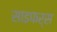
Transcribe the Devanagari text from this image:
साइफर्स